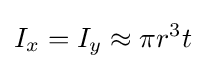
I_{x}=I_{y}\approx \pi r^{3}t